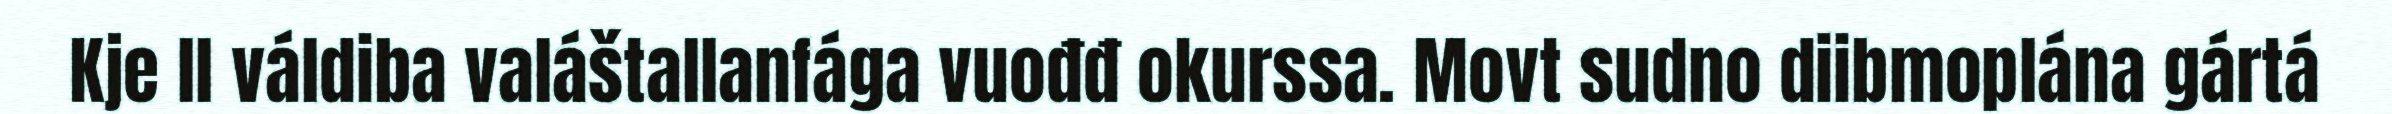
Kje ll váldiba valáštallanfága vuođđ okurssa. Movt sudno diibmoplána gártá